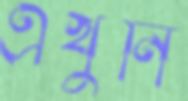
এখুনি